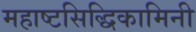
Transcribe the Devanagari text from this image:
महाष्टसिद्धिकामिनी